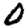
Digit: 0